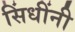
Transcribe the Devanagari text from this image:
सिंधींनी